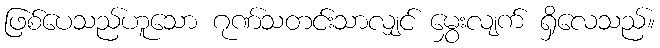
ဖြစ်ပေသည်ဟူသော ဂုဏ်သတင်းသာလျှင် မွှေးလျက် ရှိလေသည်။